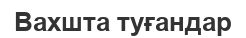
Вахшта туғандар